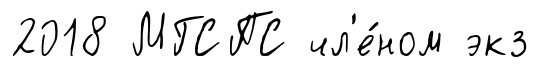
2018 МГСПС чл'е́ном экз